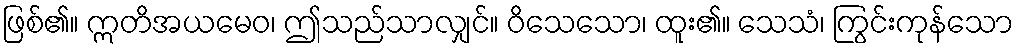
ဖြစ်၏။ ဣတိအယမေဝ၊ ဤသည်သာလျှင်။ ဝိသေသော၊ ထူး၏။ သေသံ၊ ကြွင်းကုန်သော